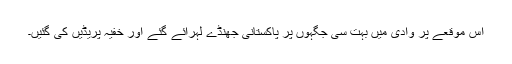
اس موقعے پر وادی میں بہت سی جگہوں پر پاکستانی جھنڈے لہرائے گئے اور خفیہ پریڈیں کی گئیں۔